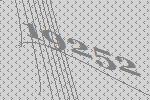
19252